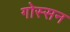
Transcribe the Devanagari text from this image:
गोस्सन